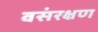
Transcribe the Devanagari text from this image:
वसंरक्षण